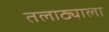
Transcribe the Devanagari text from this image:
तलाठ्याला